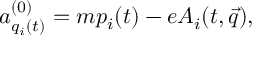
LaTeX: a _ { q _ { i } ( t ) } ^ { ( 0 ) } = m p _ { i } ( t ) - e A _ { i } ( t , \vec { q } ) ,